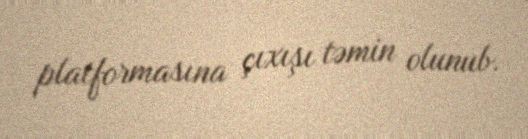
platformasına çıxışı təmin olunub.